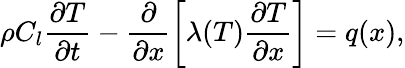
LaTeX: \rho C_{l}\frac{\partial T}{\partial t}-\frac{\partial}{\partial x}\left[\lambda(T)\frac{\partial T}{\partial x}\right]=q(x),